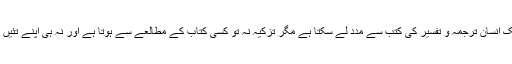
تفہیمِ قرآن کے لیے تو محدود سطح تک انسان ترجمہ و تفسیر کی کتب سے مدد لے سکتا ہے مگر تزکیہ نہ تو کسی کتاب کے مطالعے سے ہوتا ہے اور نہ ہی اپنے تئیں کوئی طریقہ اختیار کیا جا سکتا ہے ۔